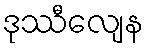
ဒုဿီလျေန